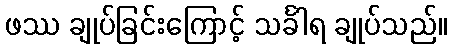
ဖဿ ချုပ်ခြင်းကြောင့် သင်္ခါရ ချုပ်သည်။